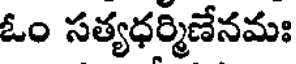
ఓం సత్యధర్మిణేనమః